Leaving Certificate, 1901
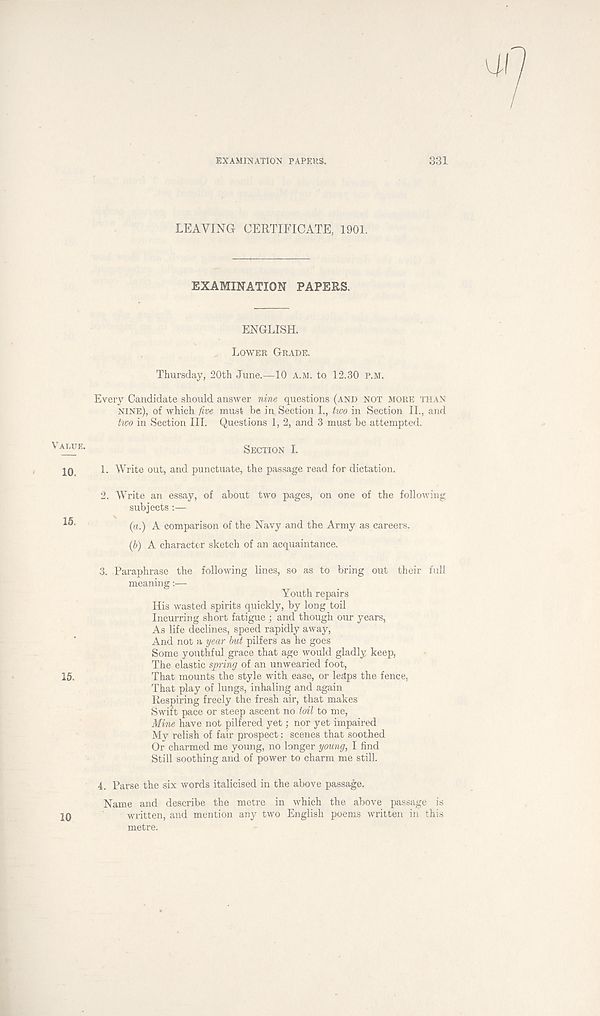
EXAMINATION PAPEttS.
331
LEAVING CERTIFICATE, 1901,
EXAMINATION PAPERS.
ENGLISH.
LOWER GRADE.
Thursday, 20th June.—10 A.M. to 12.30 P.M.
Every Candidate should answer nine questions (AND NOT MORE THAN
NINE), of which five must be in. Section I., two in Section IL, and
two in Section III. Questions 1, 2, and 3 must be attempted.
ALUE -
SECTION I.
JO,
1. Write out, and punctuate, the passage read for dictation.
2. Write an essay, of about two pages, on one of the following
subjects:—
(«.) A comparison of the Navy and the Army as careers.
(b) A character sketch of an acquaintance.
3. Paraphrase the following lines, so as to bring out their full
meaning:—
Youth repairs
His wasted spirits quickly, by long toil
Incurring short fatigue ; and though our years,
As life declines, speed rapidly away,
And not a year but pilfers as he goes
Some youthful grace that age would gladly keep,
The elastic spring of an unwearied foot,
15.
That mounts the style with ease, or leaps the fence,
That play of lungs, inhaling and again
Respiring freely the fresh air, that makes
Swift pace or steep ascent no toil to me,
Mine have not pilfered yet; nor yet impaired
My relish of fair prospect: scenes that soothed
Or charmed me young, no longer young, I find
Still soothing and of power to charm me still.
4. Parse the six words italicised in the above passage.
Name and describe the metre in which the above passage is
20
written, and mention any two English poems written in this
metre.